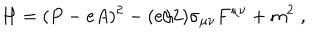
H = ( P - e A ) ^ { 2 } - ( e / 2 ) \sigma _ { \mu \nu } F ^ { \mu \nu } + m ^ { 2 } \; ,